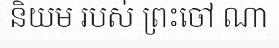
និយម របស់ ព្រះចៅ ណា